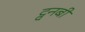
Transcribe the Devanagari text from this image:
ट्वनबी